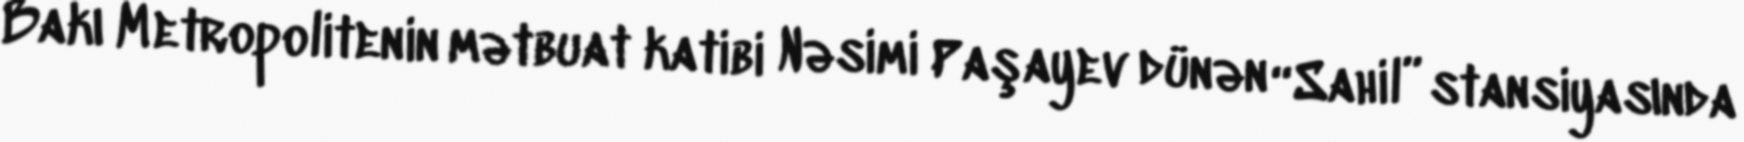
Bakı Metropolitenin mətbuat katibi Nəsimi Paşayev dünən “Sahil” stansiyasında